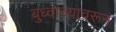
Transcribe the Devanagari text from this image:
बुध्दांच्यावरून